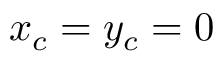
x _ { c } = y _ { c } = 0